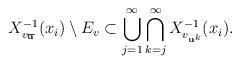
LaTeX: \begin{align*} X^{-1}_{v_{\overline{\mathbf{u}}}}(x_i)\setminus E_v \subset \bigcup_{j=1}^\infty\bigcap_{k=j}^\infty X^{-1}_{v_{\mathbf{u}^k}}(x_i). \end{align*}